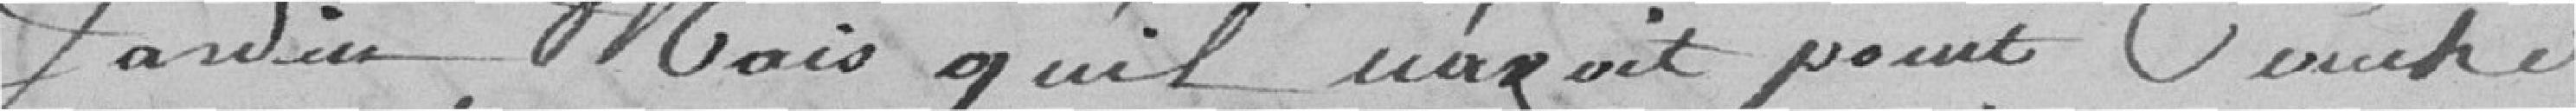
Jardin mais qu'il avait point couché